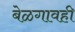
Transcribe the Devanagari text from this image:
बेळगावही